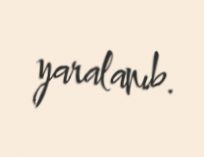
yaralanıb.